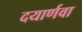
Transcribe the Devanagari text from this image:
दयार्णवा